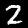
Label: 2